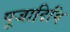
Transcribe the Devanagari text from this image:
पूजादिभि